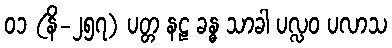
၀၁ (နိ-၂၅၇) ပတ္တ နဠ ခန္ဓ သာခါ ပလ္လဝ ပလာသ